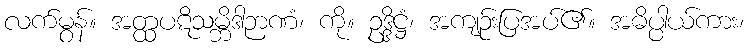
လက်မွန်။ အတ္ထပဋိသမ္ဘိဒါဉာဏံ၊ ကို။ ဥဒ္ဒိဋ္ဌံ၊ အကျဉ်းပြအပ်၏။ အဓိပ္ပါယ်ကား၊